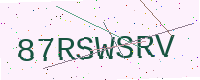
Text: 87RSWSRV